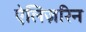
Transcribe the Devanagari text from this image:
ऐलिज़रिन